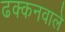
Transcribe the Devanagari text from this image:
ढक्कनवाले